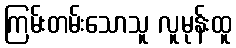
ကြမ်းတမ်းသောသူ လူမုန်းထူ